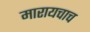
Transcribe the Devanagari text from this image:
मारायचाच